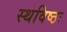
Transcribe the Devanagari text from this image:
स्थविष्ठः